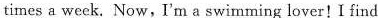
times a week. Now, I'm a swimming lover!I find